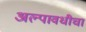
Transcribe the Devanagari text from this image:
अल्पावधीचा